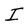
Character: I